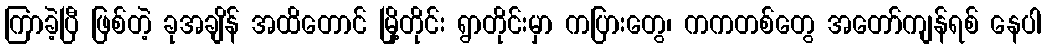
ကြာခဲ့ပြီ ဖြစ်တဲ့ ခုအချိန် အထိတောင် မြို့တိုင်း ရွာတိုင်းမှာ ကပြားတွေ၊ ကကတစ်တွေ အတော်ကျန်ရစ် နေပါ